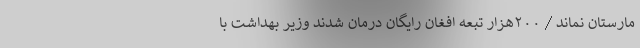
مارستان نماند / ۲۰۰هزار تبعه افغان رایگان درمان شدند وزیر بهداشت با